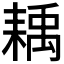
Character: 𦔊